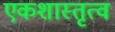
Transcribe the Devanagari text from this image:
एकशास्तृत्व